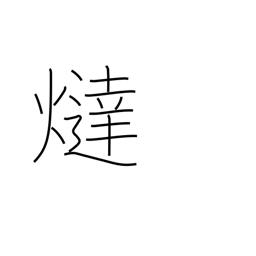
Meaning: foot warmer